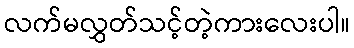
လက်မလွှတ်သင့်တဲ့ကားလေးပါ။